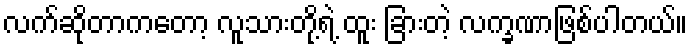
လက်ဆိုတာကတော့ လူသားတို့ရဲ့ ထူး ခြားတဲ့ လက္ခဏာဖြစ်ပါတယ်။